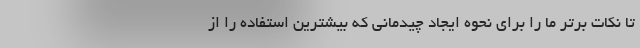
تا نکات برتر ما را برای نحوه ایجاد چیدمانی که بیشترین استفاده را از